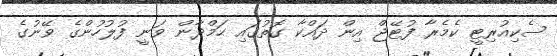
ސެކިއުރިޓީ ކެމެރާ ފުޓޭޖް އިން ދައްކާ ގޮތުގައި ހަމްދާން ވަނީ ފުލުހުންގެ ވޭނުގެ